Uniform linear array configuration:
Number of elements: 48
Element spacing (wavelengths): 0.25
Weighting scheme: exponential
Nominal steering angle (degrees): -60
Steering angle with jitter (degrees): -59.912
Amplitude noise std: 0.05
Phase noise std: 0.05

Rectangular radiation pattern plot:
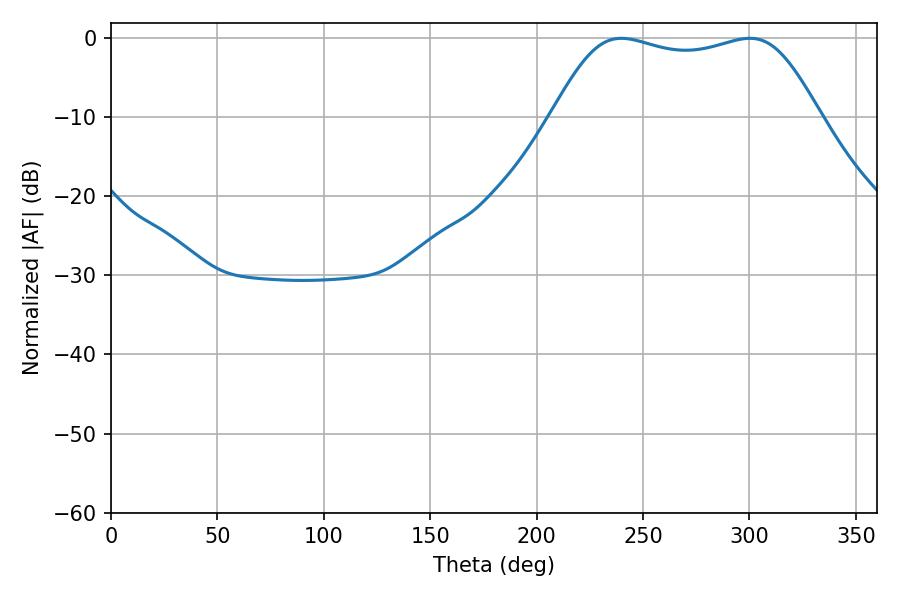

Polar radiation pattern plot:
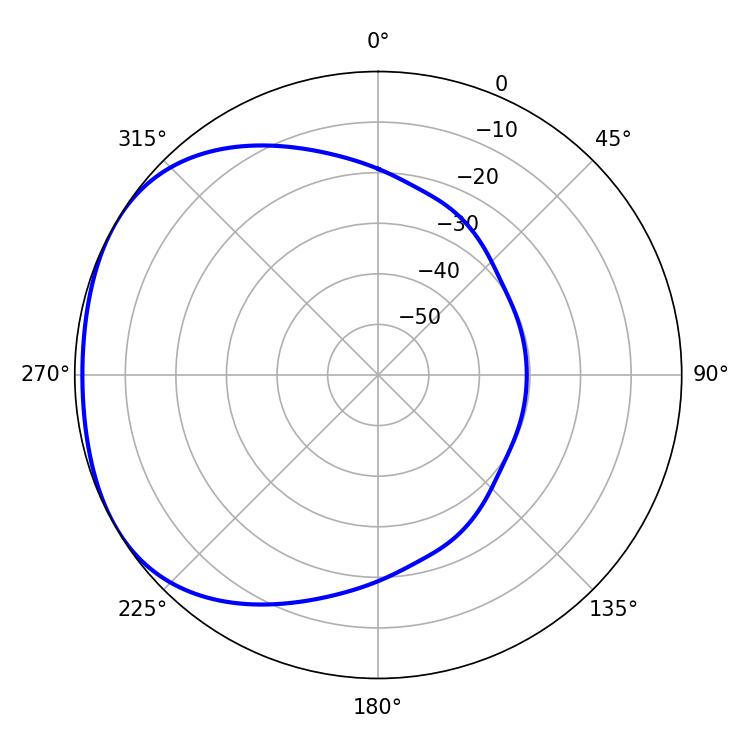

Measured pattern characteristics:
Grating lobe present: FALSE
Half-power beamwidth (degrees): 96.48
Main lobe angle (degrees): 239.76